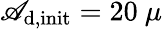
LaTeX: \mathscr{A}_{\mathrm{{d,init}}}=20~\mu